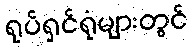
ရုပ်ရှင်ရုံများတွင်